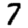
Digit: 7